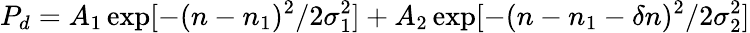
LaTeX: P_{d}=A_{1}\exp[-(n-n_{1})^{2}/2\sigma_{1}^{2}]+A_{2}\exp[-(n-n_{1}-\delta n)^{2}/2\sigma_{2}^{2}]